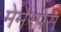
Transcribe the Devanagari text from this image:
मेमेस्पेस